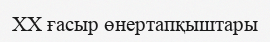
XX ғасыр өнертапқыштары